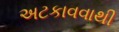
અટકાવવાથી